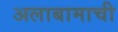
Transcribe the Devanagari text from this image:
अलाबामाची